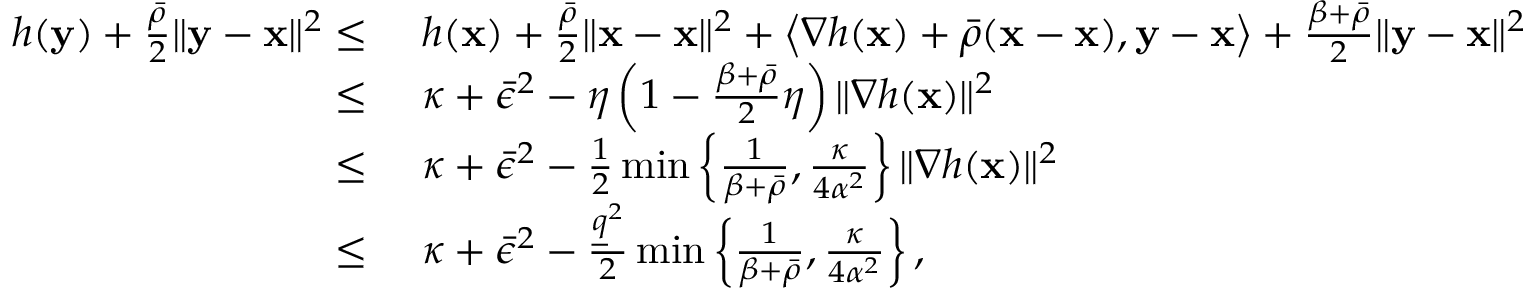
\begin{array} { r l } { h ( { \mathbf y } ) + \frac { \bar { \rho } } { 2 } \| { \mathbf y } - { \mathbf x } \| ^ { 2 } \leq } & { ~ h ( { \mathbf x } ) + \frac { \bar { \rho } } { 2 } \| { \mathbf x } - { \mathbf x } \| ^ { 2 } + \left\langle \nabla h ( { \mathbf x } ) + \bar { \rho } ( { \mathbf x } - { \mathbf x } ) , { \mathbf y } - { \mathbf x } \right\rangle + \frac { \beta + \bar { \rho } } { 2 } \| { \mathbf y } - { \mathbf x } \| ^ { 2 } } \\ { \leq } & { ~ \kappa + \bar { \epsilon } ^ { 2 } - \eta \left( 1 - \frac { \beta + \bar { \rho } } { 2 } \eta \right) \| \nabla h ( { \mathbf x } ) \| ^ { 2 } } \\ { \leq } & { ~ \kappa + \bar { \epsilon } ^ { 2 } - \frac { 1 } { 2 } \operatorname* { m i n } \left\{ \frac { 1 } { \beta + \bar { \rho } } , \frac { \kappa } { 4 \alpha ^ { 2 } } \right\} \| \nabla h ( { \mathbf x } ) \| ^ { 2 } } \\ { \leq } & { ~ \kappa + \bar { \epsilon } ^ { 2 } - \frac { \underline { { q } } ^ { 2 } } { 2 } \operatorname* { m i n } \left\{ \frac { 1 } { \beta + \bar { \rho } } , \frac { \kappa } { 4 \alpha ^ { 2 } } \right\} , } \end{array}